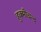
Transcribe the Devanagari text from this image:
हुक्मीचन्द